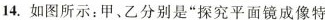
14.如图所示：甲、乙分别是”探究平面镜成像特